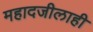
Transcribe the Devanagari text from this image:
महादजीलाही